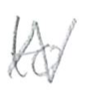
Text: to
Cross-out: zig-zag
Writing tool: pencil